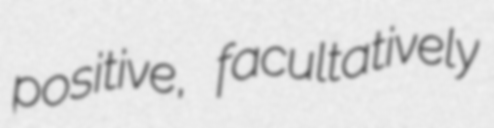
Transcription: positive, facultatively